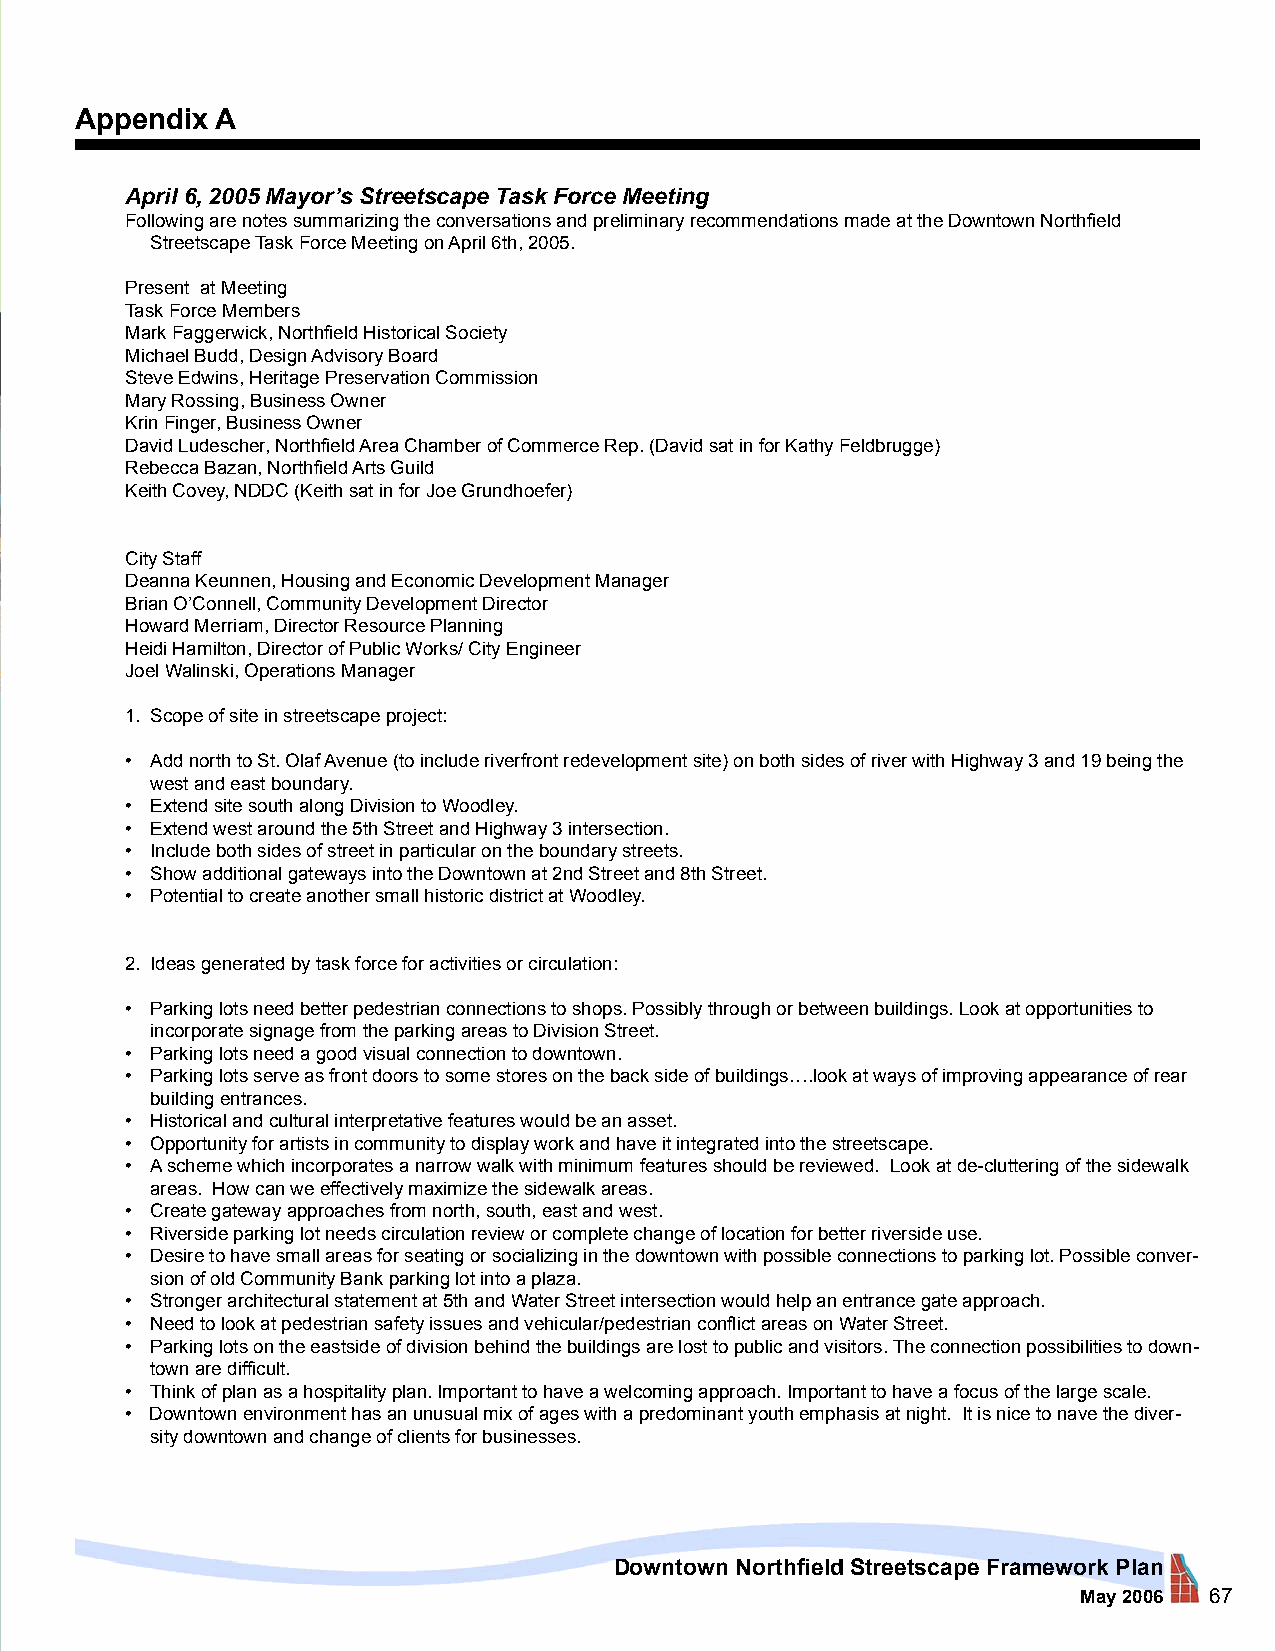
Appendix A
 April 6, 2005 Mayor’s Streetscape Task Force Meeting
 Following are notes summarizing the conversations and preliminary recommendations made at the Downtown Northfield
 Streetscape Task Force Meeting on April 6th, 2005.
 Present at Meeting
 Task Force Members
 Mark Faggerwick, Northfield Historical Society
 Michael Budd, Design Advisory Board
 Steve Edwins, Heritage Preservation Commission
 Mary Rossing, Business Owner
 Krin Finger, Business Owner
 David Ludescher, Northfield Area Chamber of Commerce Rep. (David sat in for Kathy Feldbrugge)
 Rebecca Bazan, Northfield Arts Guild
 Keith Covey, NDDC (Keith sat in for Joe Grundhoefer)
 City Staff
 Deanna Keunnen, Housing and Economic Development Manager
 Brian O’Connell, Community Development Director
 Howard Merriam, Director Resource Planning
 Heidi Hamilton, Director of Public Works/ City Engineer
 Joel Walinski, Operations Manager
 1. Scope of site in streetscape project:
 • Add north to St. Olaf Avenue (to include riverfront redevelopment site) on both sides of river with Highway 3 and 19 being the
 west and east boundary.
 • Extend site south along Division to Woodley.
 • Extend west around the 5th Street and Highway 3 intersection.
 • Include both sides of street in particular on the boundary streets.
 • Show additional gateways into the Downtown at 2nd Street and 8th Street.
 • Potential to create another small historic district at Woodley.
 2. Ideas generated by task force for activities or circulation:
 • Parking lots need better pedestrian connections to shops. Possibly through or between buildings. Look at opportunities to
 incorporate signage from the parking areas to Division Street.
 • Parking lots need a good visual connection to downtown.
 • Parking lots serve as front doors to some stores on the back side of buildings….look at ways of improving appearance of rear
 building entrances.
 • Historical and cultural interpretative features would be an asset.
 • Opportunity for artists in community to display work and have it integrated into the streetscape.
 • A scheme which incorporates a narrow walk with minimum features should be reviewed. Look at de-cluttering of the sidewalk
 areas. How can we effectively maximize the sidewalk areas.
 • Create gateway approaches from north, south, east and west.
 • Riverside parking lot needs circulation review or complete change of location for better riverside use.
 • Desire to have small areas for seating or socializing in the downtown with possible connections to parking lot. Possible conver-
 sion of old Community Bank parking lot into a plaza.
 • Stronger architectural statement at 5th and Water Street intersection would help an entrance gate approach.
 • Need to look at pedestrian safety issues and vehicular/pedestrian conflict areas on Water Street.
 • Parking lots on the eastside of division behind the buildings are lost to public and visitors. The connection possibilities to down-
 town are difficult.
 • Think of plan as a hospitality plan. Important to have a welcoming approach. Important to have a focus of the large scale.
 • Downtown environment has an unusual mix of ages with a predominant youth emphasis at night. It is nice to nave the diver-
 sity downtown and change of clients for businesses.
 Downtown Northfield Streetscape Framework Plan
 May 2006 67